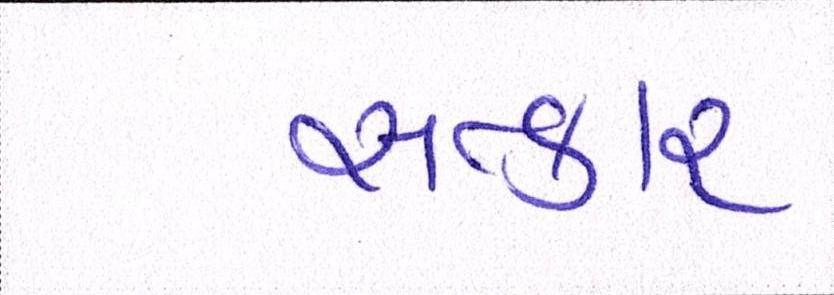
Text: સત્કાર